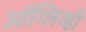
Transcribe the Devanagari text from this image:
ऑग्लिव्ही